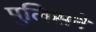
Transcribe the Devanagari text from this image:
पुलिसने